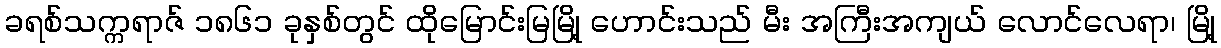
ခရစ်သက္ကရာဇ် ၁၈၆၁ ခုနှစ်တွင် ထိုမြောင်းမြမြို့ ဟောင်းသည် မီး အကြီးအကျယ် လောင်လေရာ၊ မြို့